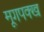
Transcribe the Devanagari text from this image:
मूगपक्ख